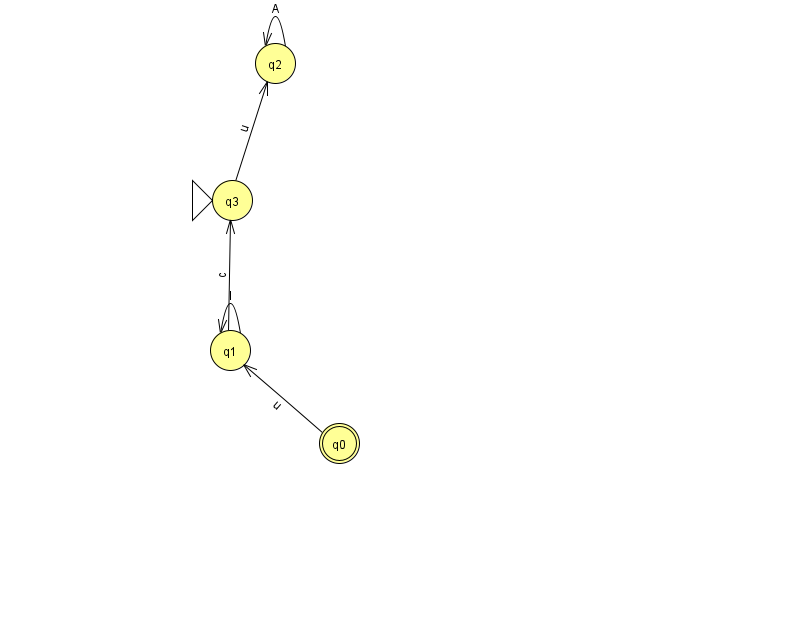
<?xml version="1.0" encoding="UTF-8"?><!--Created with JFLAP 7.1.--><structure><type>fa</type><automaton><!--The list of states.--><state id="0" name="q0"><x>339.0</x><y>430.0</y><final/></state><state id="1" name="q1"><x>230.0</x><y>337.0</y></state><state id="2" name="q2"><x>275.0</x><y>50.0</y></state><state id="3" name="q3"><x>232.0</x><y>187.0</y><initial/></state><!--The list of transitions.--><transition><from>2</from><to>2</to><read>A</read></transition><transition><from>3</from><to>2</to><read>u</read></transition><transition><from>1</from><to>3</to><read>c</read></transition><transition><from>0</from><to>1</to><read>u</read></transition><transition><from>1</from><to>1</to><read>I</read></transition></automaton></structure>